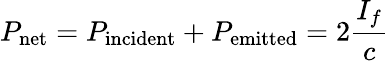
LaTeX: P_{\mathrm{net}}=P_{\mathrm{incident}}+P_{\mathrm{emitted}}=2{\frac{I_{f}}{c}}